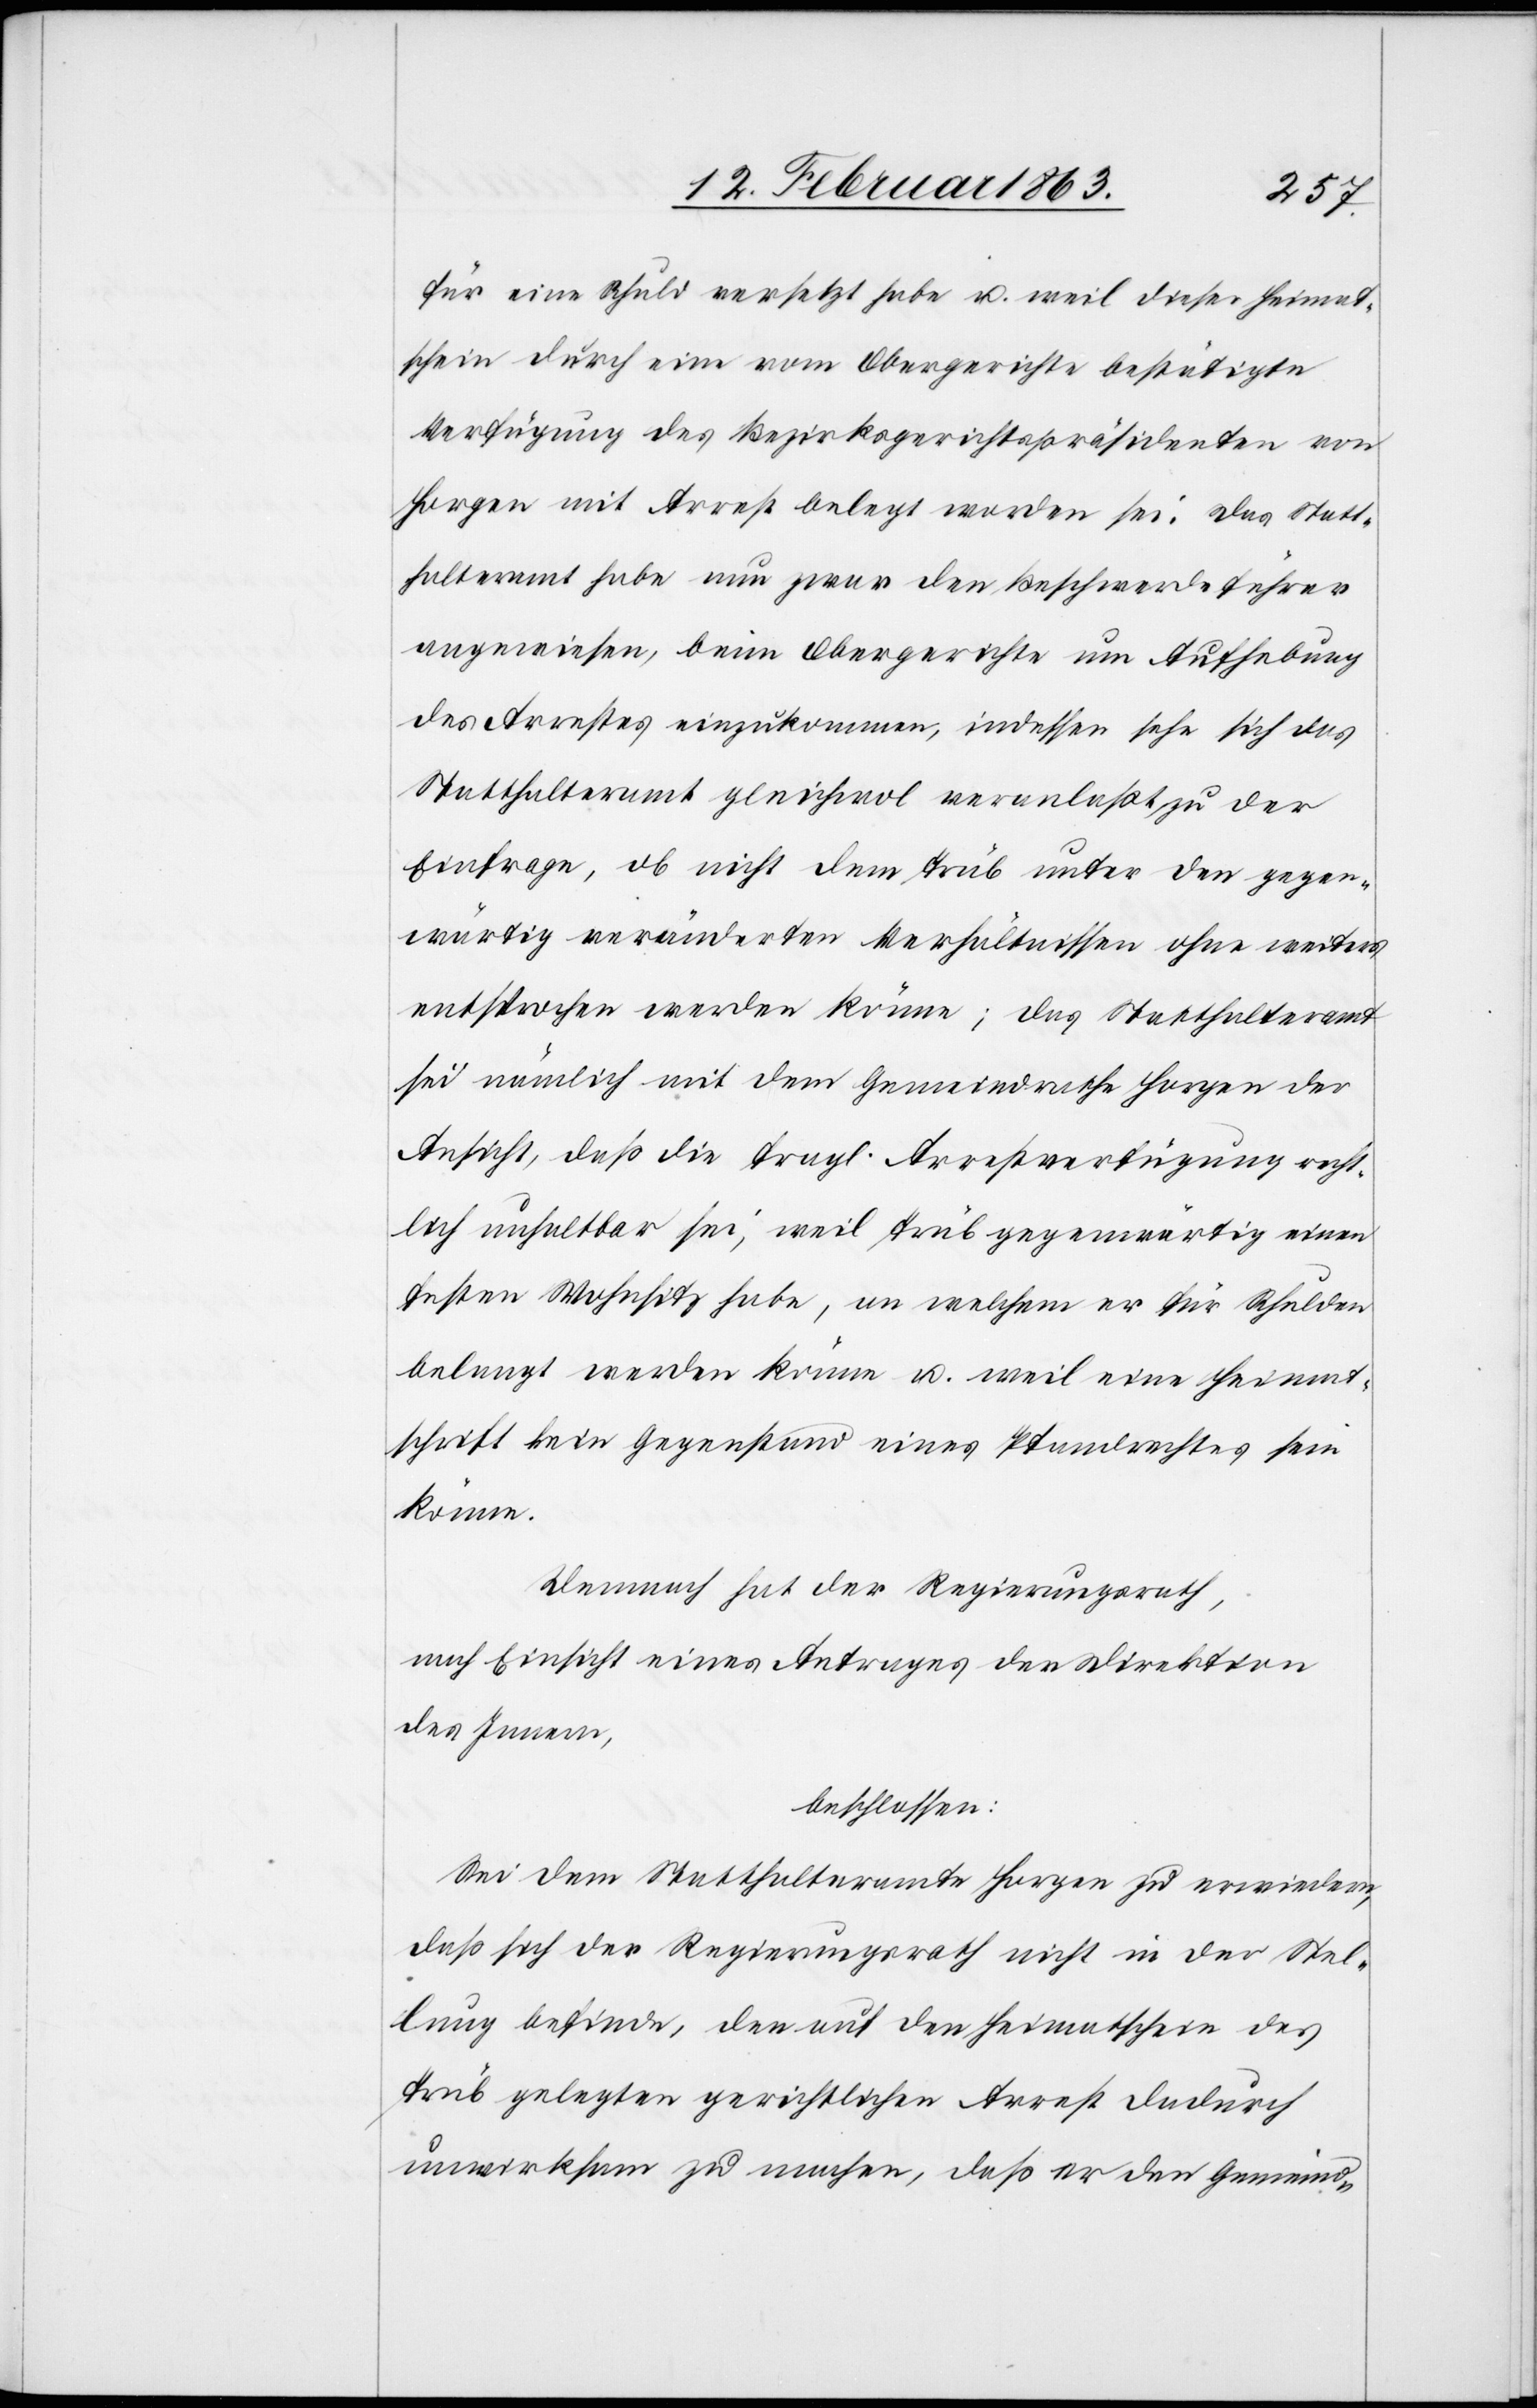
für eine Schuld versetzt habe u. weil dieser Heimat¬
schein durch eine vom Obergerichte bestätigte
Verfügung des Bezirksgerichtspräsidenten von
Horgen mit Arrest belegt worden sei. Das Statt¬
halteramt habe nun zwar den Beschwerdeführer
angewiesen, beim Obergerichte um Aufhebung
des Antrages einzukommen, indessen sehe sich das
Statthalteramt gleichwol veranlaßt zu der
Einfrage, ob nicht dem Trüb unter den gegen¬
wärtig veränderten Verhältnissen ohne weiters
entsprochen werden könne; das Statthalteramt
sei nämlich mit dem Gemeindrathe Horgen der
Ansicht, daß die fragl. Arrestverfügung recht¬
lich unhaltbar sei, weil Trüb gegenwärtig einen
festen Wohnsitz habe, an welchem er für Schulden
belangt werden könne u. weil eine Heimat¬
schrift kein Gegenstand eines Pfandrechtes sein
könne.
Demnach hat der Regierungsrath,
nach Einsicht eines Antrages der Direktion
des Innern,
beschlossen:
Sei dem Statthalteramte Horgen zu erwiedern,
daß sich der Regierungsrath nicht in der Stel¬
lung befinde, den auf den Heimatschein des
Trüb gelegten gerichtlichen Arrest dadurch
unwirksam zu machen, daß er den Gemeind-